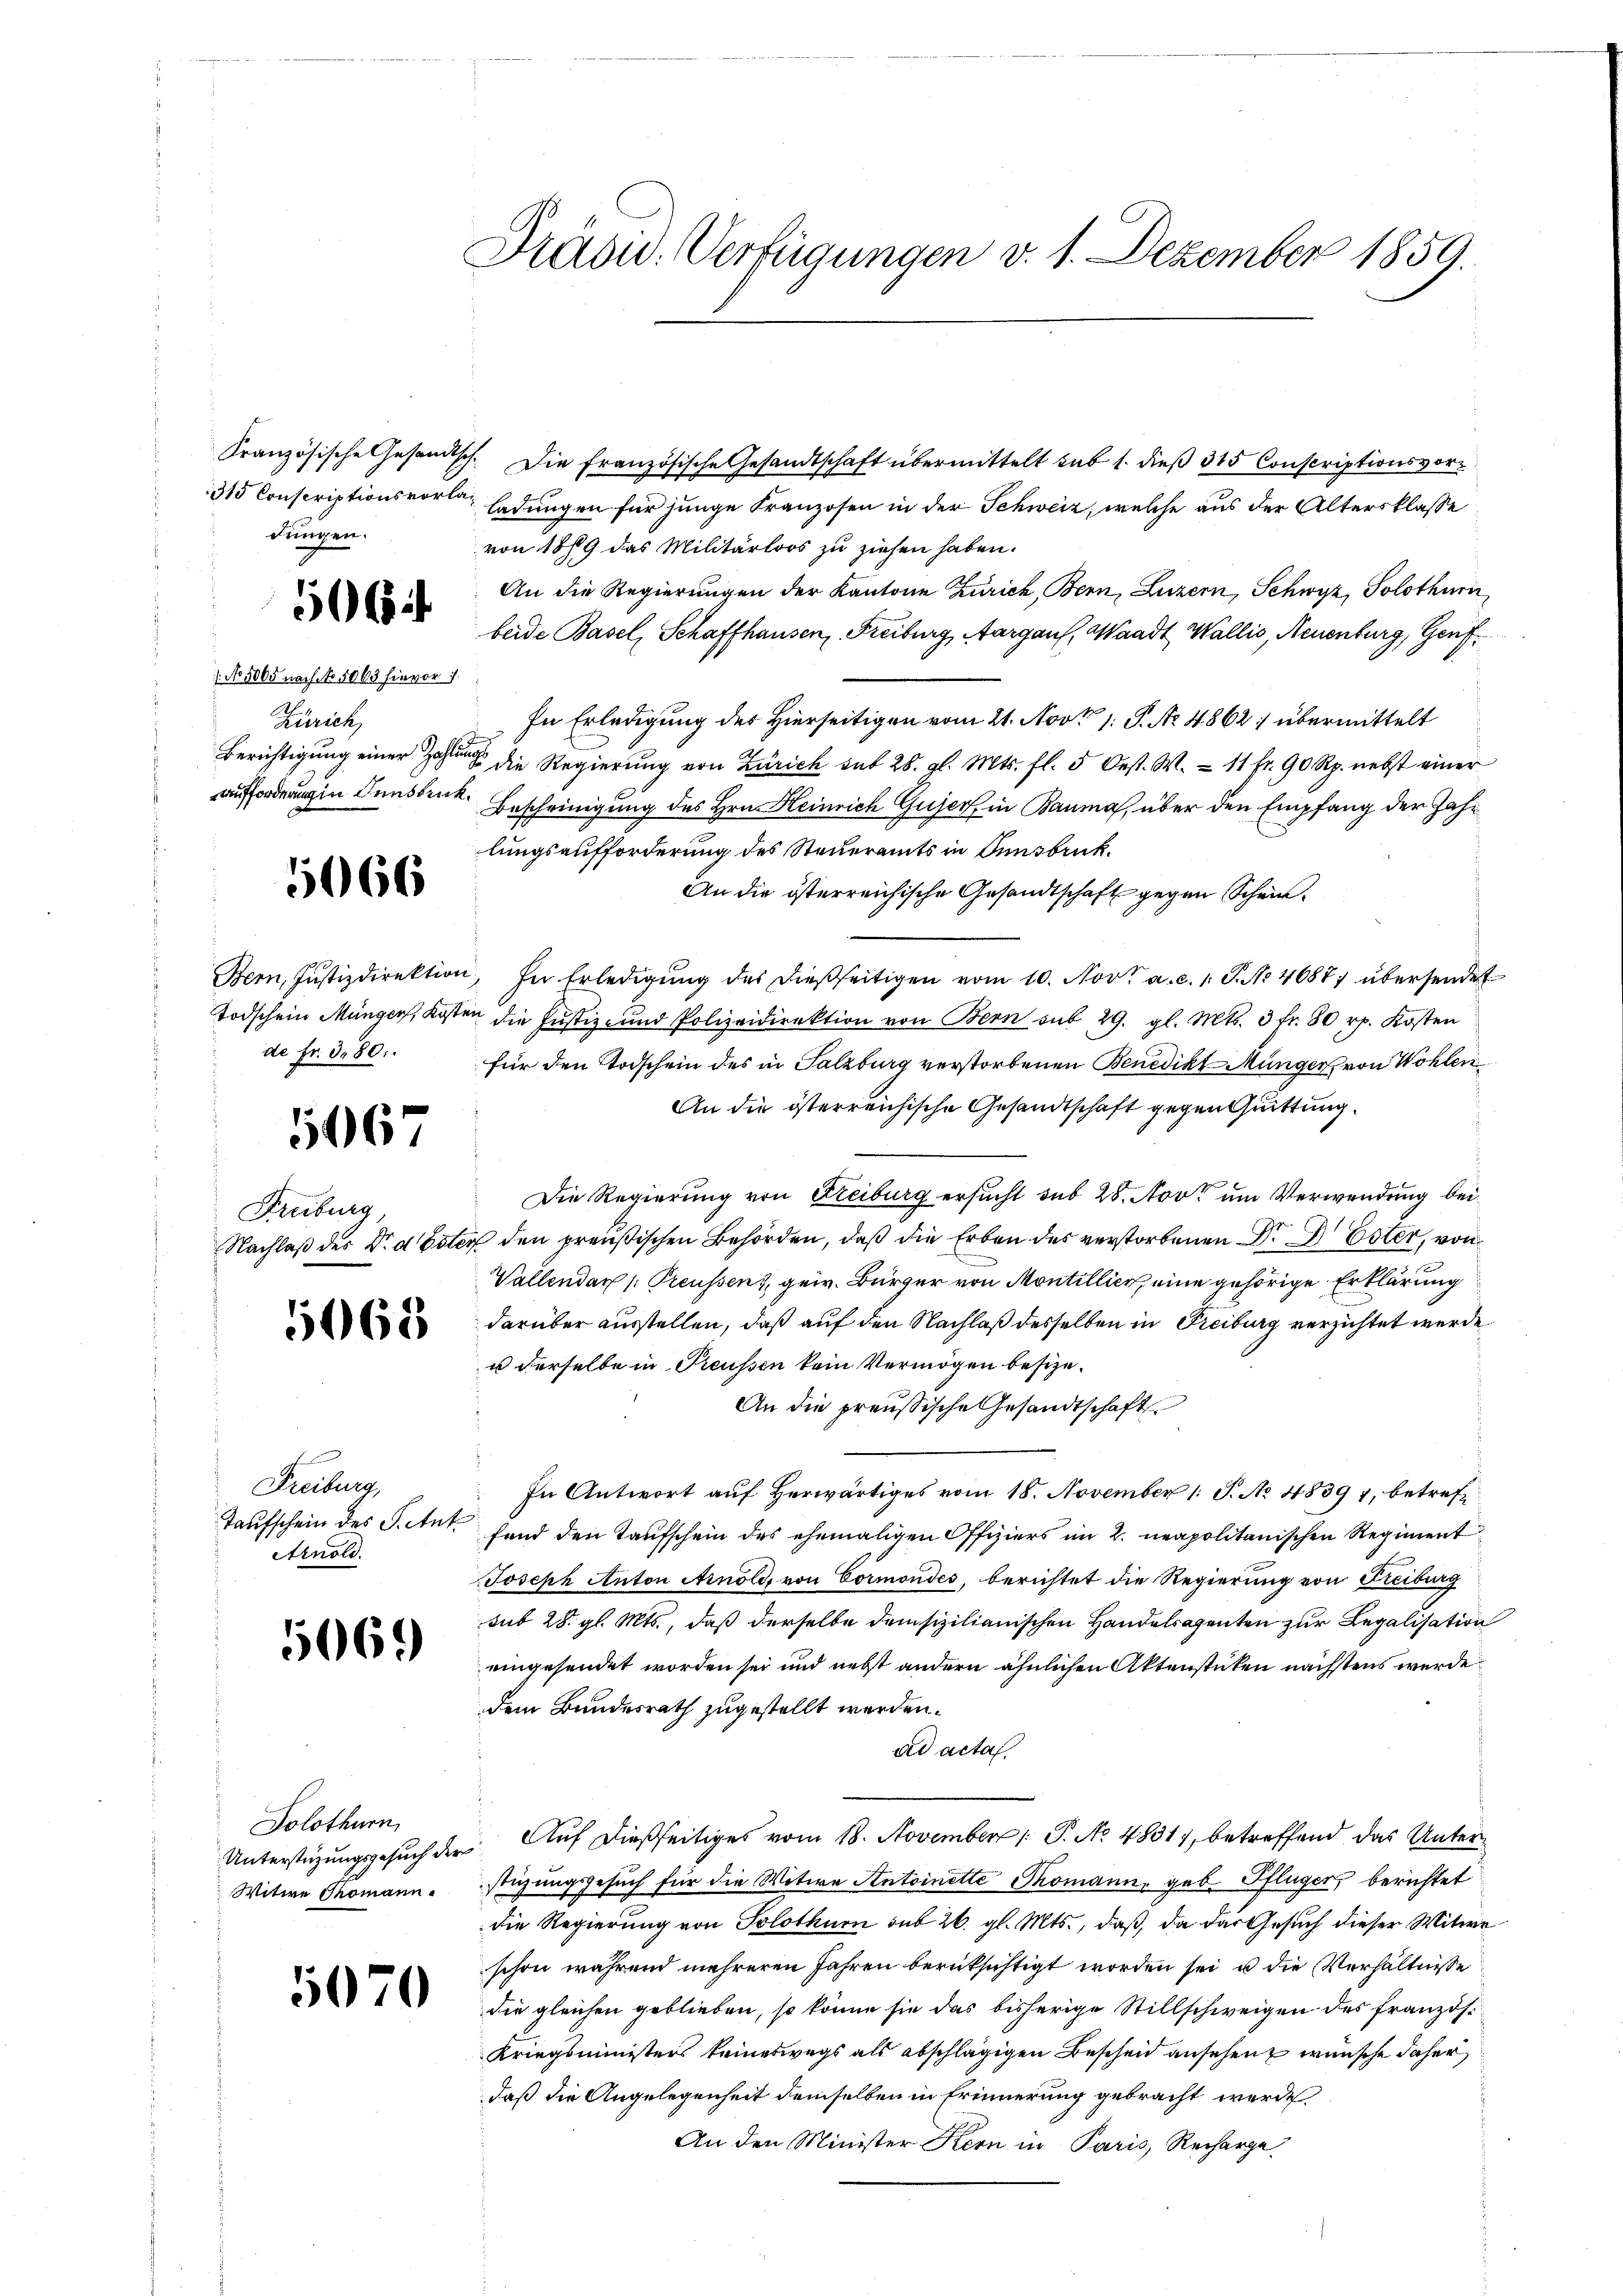
Pädid: Verfügungen v. 1. Dezember 1859.

Französische Gesandtsch. Die französische Gesandtschaft übermittelt sub 1. dieß 315 Conscriptionsvor¬
315 Conscriptionsvorta, ladungen für junge Franzosen in der Schweiz, welche aus der Altersklasse
von 1889 das Militärloos zu ziehen haben.
An die Regierungen der Kantone Zürich, Bern, Luzern, Schwyz, Solothurn
beide Basel, Schaffhausen, Freiburg, Aargaus, Waadt Wallis, Neuenburg, Genf
In Erledigung des Hierseitigen vom 21. Nov. 1. P. Nr. 4862 übermittelt
Berichtigung einer an die Regierŭng von Zürich sub 28. gl. Mts. fl. 5 Oest. W. = 11 Fr. 90 Rp. nebst einer
aufforderungen Innsbruk. Bescheinigung des Hrn. Heinrich Gujer in Bauma, über den Empfang der Jahr
lungsaufforderung des Steueramts in Innsbruk.
An die österreichische Gesandtschaft gegen Schein¬
Bern, Justizdirektion, In Erledigŭng des dießseitigen vom 10. Nov. a. c. 1. P. Nr. 46877 übersendet
Todschein Münger, Kosten die Justiz- und Polizeidirektion von Bern sub 29. gl. Mts. 3 fr. 80 rp. Kosten
für den Todschein des in Salzburg verstorbenen Benedikt Münger von Wohlen
An die österreichische Gesandtschaft gegen Quittung.
Die Regierung von Freiburg ersucht sub 28. Nov. um Verwendung bei¬
Nachlaß des Dr. d Ester den preußischen Behörden, daß die Erben des verstorbenen Dr. Dr Ester, von
Vallendar p Preussen gew. Bürger von Montillier, eine gehörige Erklärung
darüber ausstellen, daß auf den Nachlaß desselben in Freiburg verzichtet werde
u derselbe in Preussen kein Vermögen besize¬
An die preußische Gesandtschaft
In Antwort aŭf herwärtiges vom 18. November 1. J. No. 1839 7, betreff
Taufschein des S. Ant. fand den Taufschein des ehemaligen Offiziers im 2. neapolitanischen Regiment¬
Joseph Anton Arnold, von Cormondes, berichtet die Regierung von Freiburg
sub 28. gl. Mts., daß derselbe demsizilianischen Handelsagenten zur Legalisation
eingesendet worden sei und nebst andern ähnlichen Aktenstücken nächstens werde
dem Bundesrath zugestellt werden.
ad acta.
Unterstüzungsgesuch der Auf dießseitiges vom 18. November 1. P. No. 4831, betreffend das Unterstüzungsgesuch für die Witwe Antoinette Thomann, geb. Pflüger berichtet
die Regierung von Solothurn sub 26. gl. Mts., daß, da das Gesuch dieser Witwe
schon während mehreren Jahren berüksichtigt worden sei u die Verhältnisse
die gleichen geblieben, so könne sie das bisherige Stillschweigen des französi¬
Kriegsministers keineswegs als abschlägigen Bescheid ansehen wünsche daher
daß die Angelegenheit demselben in Erinnerung gebracht werde
An den Minister Kern in Paris, Recharge

dungen.

5064

No. 5065 nach No 5063 hievor 7.
Zürich,

5666

de fr. 380.

5067

Freiburg

5668

Freiburg,
Arnold.

5069

Solothurn,
Witwe Thomann.

5070